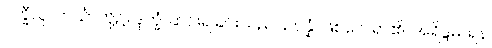
ပက္ခီသု၊ ဟင်္သာတို့၌။ ဒုက္ခံ၊ ဆင်းရဲခြင်းသည်။ ဥပ္ပန္နံ၊ ဖြစ်လေရာ၏။ အရိန္ဒမ၊ ရန်